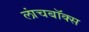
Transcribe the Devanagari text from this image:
लांचबॉक्स